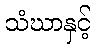
သံဃာနှင့်